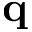
\bf q